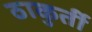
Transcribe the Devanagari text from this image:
ठाकुर्ती